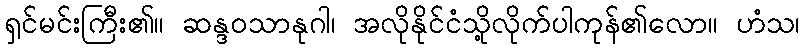
ရှင်မင်းကြီး၏။ ဆန္ဒဝသာနုဂါ၊ အလိုနိုင်ငံသို့လိုက်ပါကုန်၏လော။ ဟံသ၊